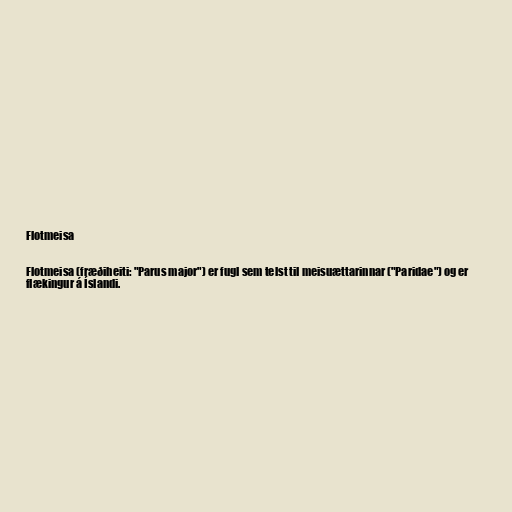
Flotmeisa

Flotmeisa (fræðiheiti: "Parus major") er fugl sem telst til meisuættarinnar ("Paridae") og er
flækingur á Íslandi.